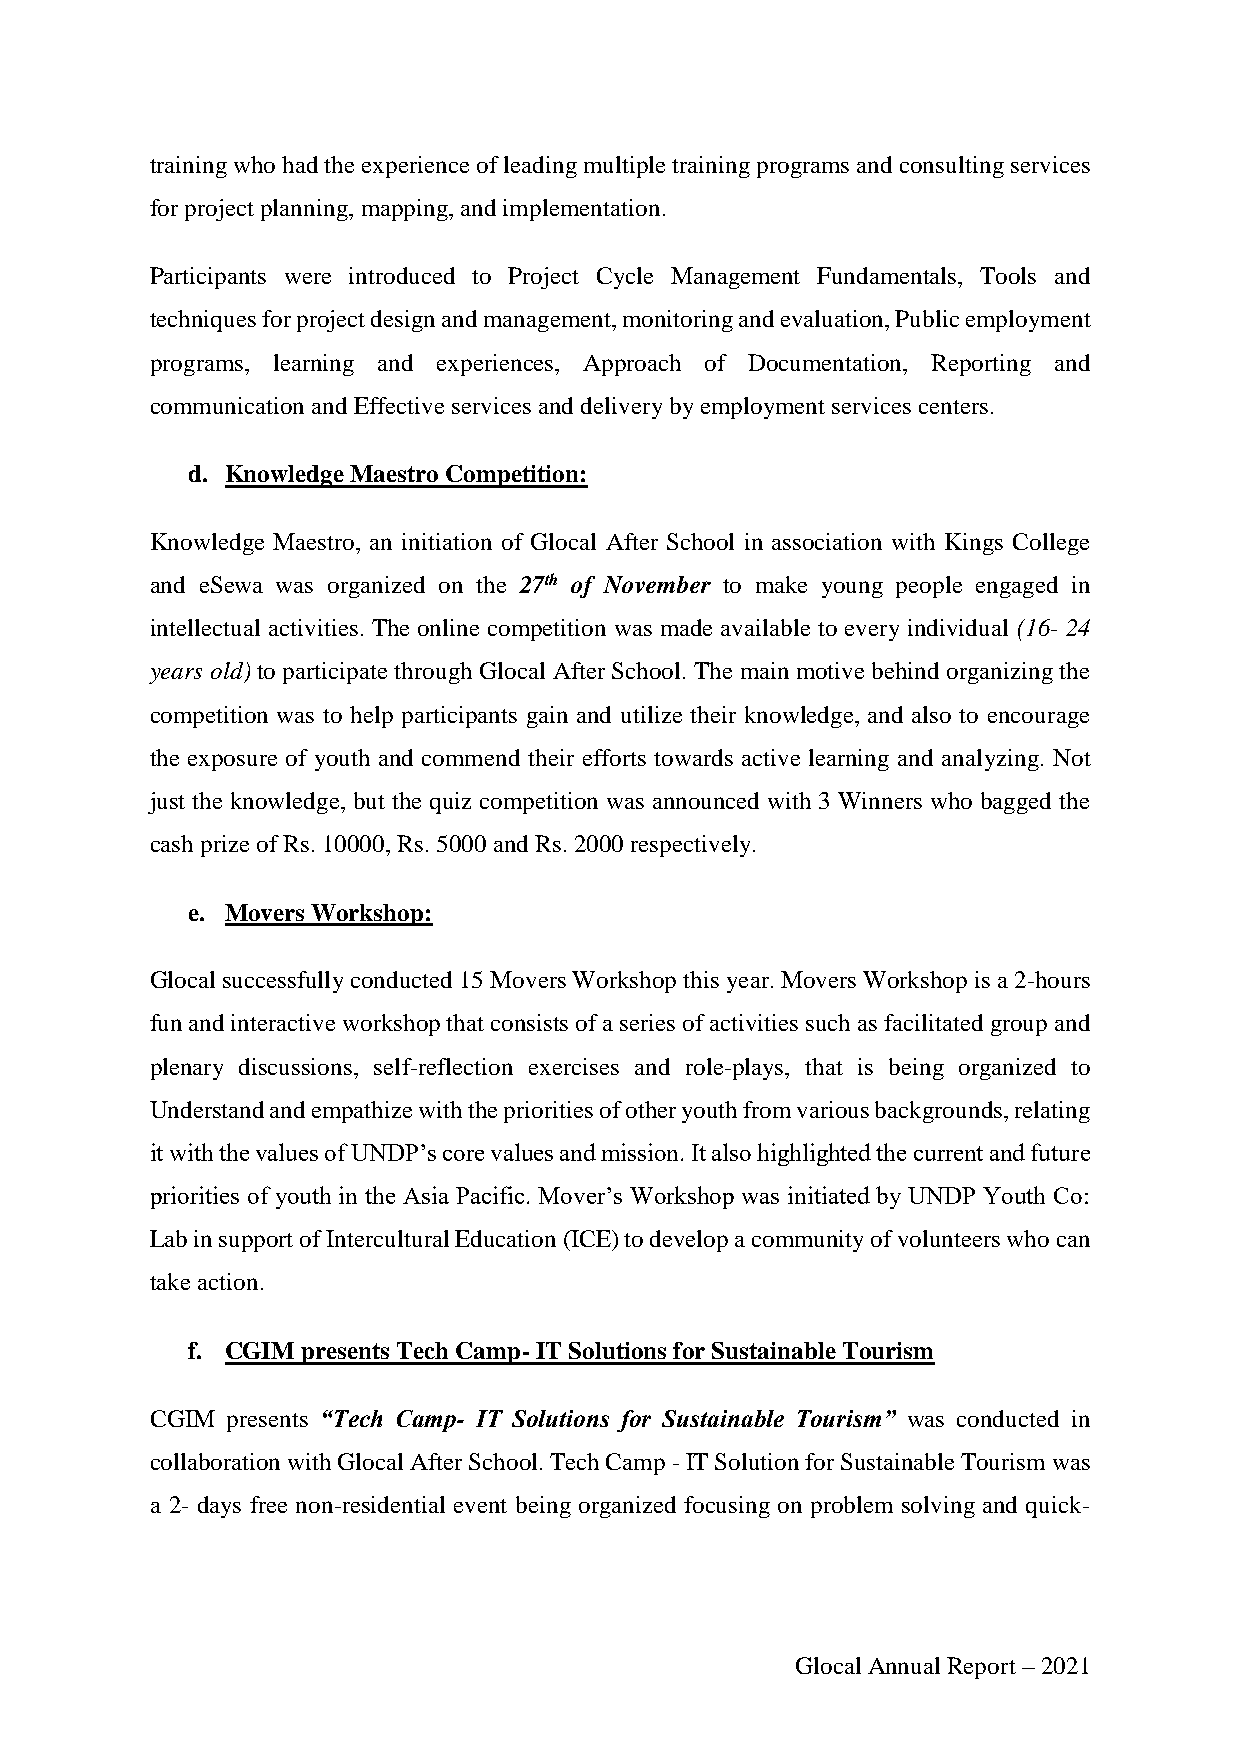
training who had the experience of leading multiple training programs and consulting services
 for project planning, mapping, and implementation.
 Participants were introduced to Project Cycle Management Fundamentals, Tools and
 techniques for project design and management, monitoring and evaluation, Public employment
 programs, learning and experiences, Approach of Documentation, Reporting and
 communication and Effective services and delivery by employment services centers.
 d. Knowledge Maestro Competition:
 Knowledge Maestro, an initiation of Glocal After School in association with Kings College
 and eSewa was organized on the 27th of November to make young people engaged in
 intellectual activities. The online competition was made available to every individual (16- 24
 years old) to participate through Glocal After School. The main motive behind organizing the
 competition was to help participants gain and utilize their knowledge, and also to encourage
 the exposure of youth and commend their efforts towards active learning and analyzing. Not
 just the knowledge, but the quiz competition was announced with 3 Winners who bagged the
 cash prize of Rs. 10000, Rs. 5000 and Rs. 2000 respectively.
 e. Movers Workshop:
 Glocal successfully conducted 15 Movers Workshop this year. Movers Workshop is a 2-hours
 fun and interactive workshop that consists of a series of activities such as facilitated group and
 plenary discussions, self-reflection exercises and role-plays, that is being organized to
 Understand and empathize with the priorities of other youth from various backgrounds, relating
 it with the values of UNDP’s core values and mission. It also highlighted the current and future
 priorities of youth in the Asia Pacific. Mover’s Workshop was initiated by UNDP Youth Co:
 Lab in support of Intercultural Education (ICE) to develop a community of volunteers who can
 take action.
 f. CGIM presents Tech Camp- IT Solutions for Sustainable Tourism
 CGIM presents “Tech Camp- IT Solutions for Sustainable Tourism” was conducted in
 collaboration with Glocal After School. Tech Camp - IT Solution for Sustainable Tourism was
 a 2- days free non-residential event being organized focusing on problem solving and quick-
 Glocal Annual Report – 2021